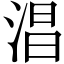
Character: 淐